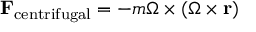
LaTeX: \mathbf { F } _ { \mathrm { c e n t r i f u g a l } } = - m { \boldsymbol { \Omega } } \times ( { \boldsymbol { \Omega } } \times \mathbf { r } )